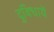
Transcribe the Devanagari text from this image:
दुविधायें